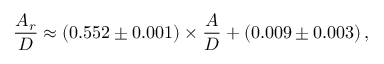
\frac { A _ { r } } { D } \approx \left( 0 . 5 5 2 \pm 0 . 0 0 1 \right) \times \frac { A } { D } + \left( 0 . 0 0 9 \pm 0 . 0 0 3 \right) ,